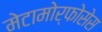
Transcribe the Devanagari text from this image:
मेटामोर्फोसेस